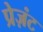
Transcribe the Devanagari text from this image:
प्रेज़ंट